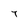
Character: 7